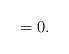
LaTeX: \begin{align*} = 0.\end{align*}